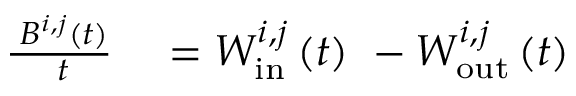
\begin{array} { r l } { \frac { \mathrm { \partial } B ^ { i , j } ( t ) } { \mathrm { \partial } t } } & { { } = W _ { \mathrm { i n } } ^ { i , j } \left( t \right) \ - W _ { \mathrm { o u t } } ^ { i , j } \left( t \right) } \end{array}